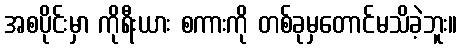
အစပိုင်းမှာ ကိုရီးယား စကားကို တစ်ခုမှတောင်မသိခဲ့ဘူး။